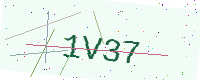
Text: 1V37